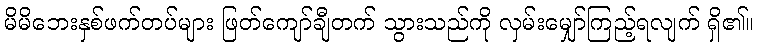
မိမိဘေးနှစ်ဖက်တပ်များ ဖြတ်ကျော်ချီတက် သွားသည်ကို လှမ်းမျှော်ကြည့်ရလျက် ရှိ၏။